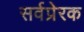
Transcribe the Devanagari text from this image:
सर्वप्रेरक